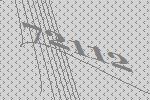
72112